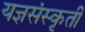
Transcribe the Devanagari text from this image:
यज्ञसंस्कृती